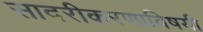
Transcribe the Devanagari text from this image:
सादरीकरणाविषयी